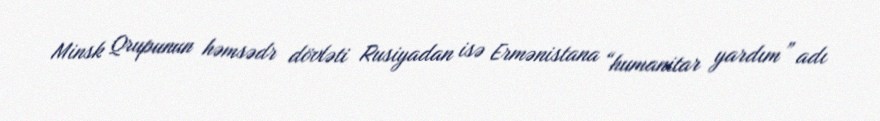
Minsk Qrupunun həmsədr dövləti Rusiyadan isə Ermənistana “humanitar yardım” adı